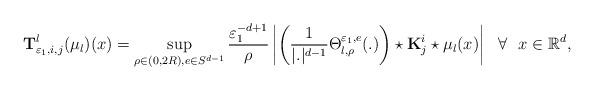
LaTeX: \begin{align*}&\mathbf{T}^l_{\varepsilon_1,i,j}(\mu_l)(x)=\sup_{\rho\in (0,2R),e\in S^{d-1}}\frac{\varepsilon_1^{-d+1}}{\rho}\left|\left(\frac{1}{|.|^{d-1}}\Theta^{\varepsilon_1,e}_{l,\rho}(.)\right)\star \mathbf{K}_j^i\star\mu_l(x)\right|~~\forall~~x\in \mathbb{R}^d,\end{align*}